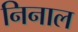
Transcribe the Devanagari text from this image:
निनाल